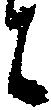
ニ